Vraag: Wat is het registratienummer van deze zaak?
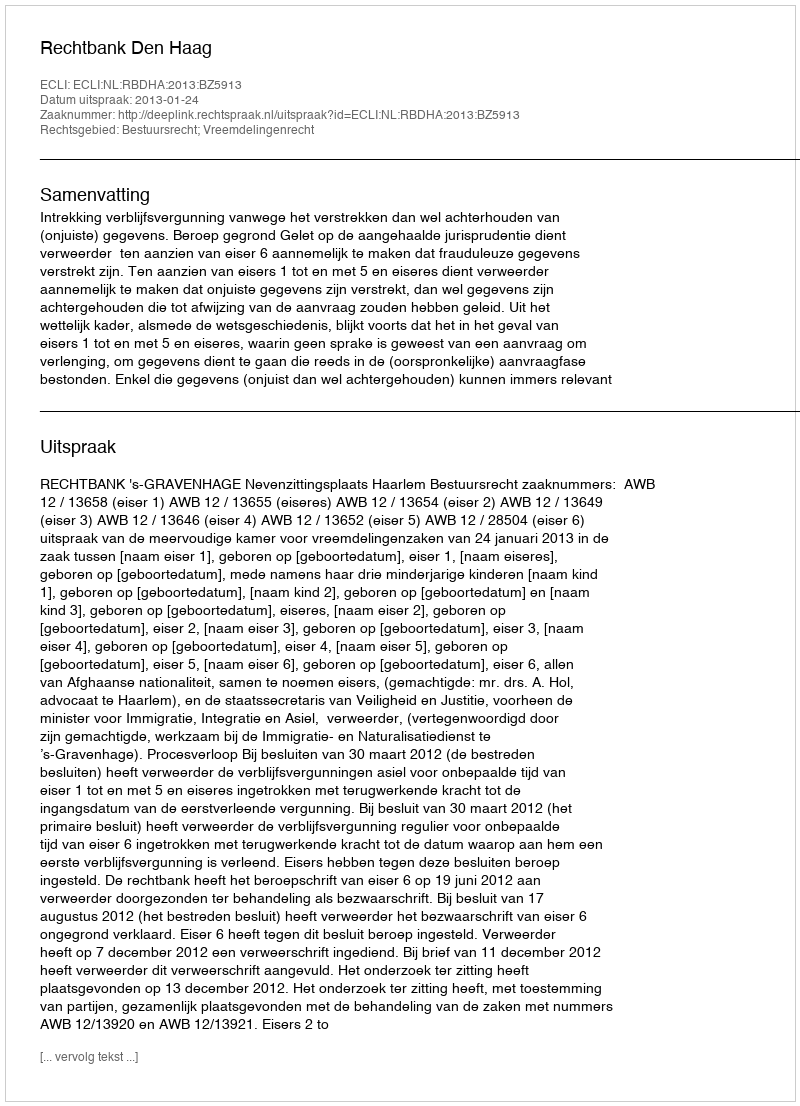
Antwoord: http://deeplink.rechtspraak.nl/uitspraak?id=ECLI:NL:RBDHA:2013:BZ5913